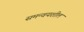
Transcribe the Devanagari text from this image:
समन्वयशील